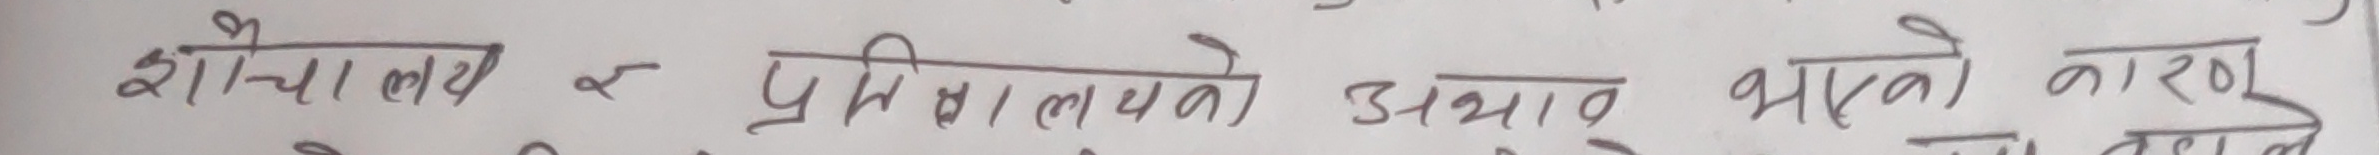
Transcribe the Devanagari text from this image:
शौचालय र प्रतिभालयको अभाव भएको कारण